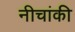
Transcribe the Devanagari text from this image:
नीचांकी